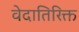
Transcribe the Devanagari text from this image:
वेदातिरिक्त